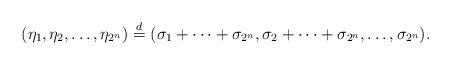
LaTeX: \begin{align*}(\eta_1,\eta_2,\dots,\eta_{2^n})\overset{d}=(\sigma_1+\cdots+\sigma_{2^n},\sigma_2+\cdots+\sigma_{2^n},\dots, \sigma_{2^n}).\end{align*}